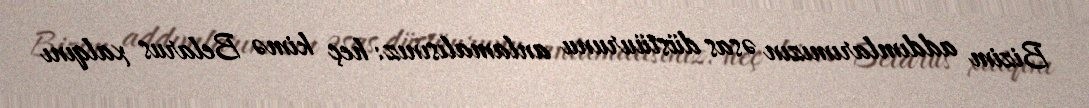
Bizim addımlarımızın əsas düstüurunu anlamalısınız: heç kimə Belarus xalqını